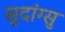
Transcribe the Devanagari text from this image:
सुदांग्सु